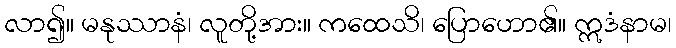
လာ၍။ မနုဿာနံ၊ လူတို့အား။ ကထေသိ၊ ပြောဟော၏။ ဣဒံနာမ၊